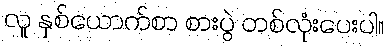
လူ နှစ်ယောက်စာ စားပွဲ တစ်လုံးပေးပါ။